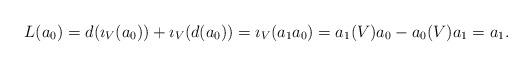
LaTeX: \begin{align*}L(a_0)=d(\imath_V(a_0))+\imath_V(d(a_0))=\imath_V(a_1a_0)=a_1(V)a_0-a_0(V)a_1=a_1.\end{align*}